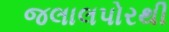
જલાલપોરથી